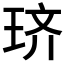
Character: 𫞦